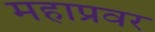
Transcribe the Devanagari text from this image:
महाप्रवर